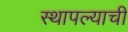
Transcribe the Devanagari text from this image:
स्थापल्याची